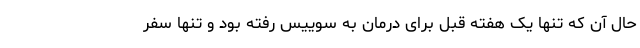
حال آن که تنها یک هفته قبل برای درمان به سوییس رفته بود و تنها سفر